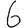
Digit: 6